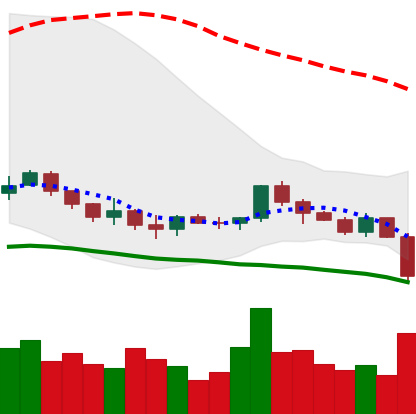
Ticker: LINK-USD
Chart end date: 2019-12-17
Forward return: 10.196%
Label: up_7plus